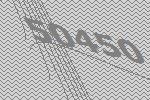
50450